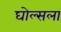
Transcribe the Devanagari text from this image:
घोल्सला